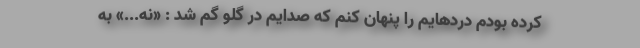
کرده بودم دردهایم را پنهان کنم که صدایم در گلو گم شد : «نه...» به